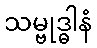
သမ္ဗုဒ္ဓါနံ